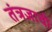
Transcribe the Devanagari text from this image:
तंत्रज्ञाची